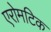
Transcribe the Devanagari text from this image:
एरोमटिक